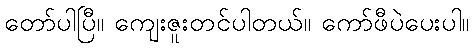
တော်ပါပြီ။ ကျေးဇူးတင်ပါတယ်။ ကော်ဖီပဲပေးပါ။